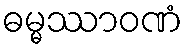
ဓမ္မဿာဝဏံ